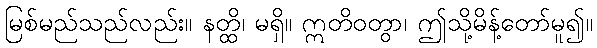
မြစ်မည်သည်လည်း။ နတ္ထိ၊ မရှိ။ ဣတိဝတွာ၊ ဤသို့မိန့်တော်မူ၍။